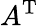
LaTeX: A^{\mathrm{T}}